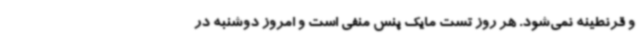
و قرنطینه نمی‌شود. هر روز تست مایک پنس منفی است و امروز دوشنبه در